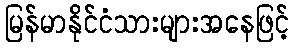
မြန်မာနိုင်ငံသားများအနေဖြင့်